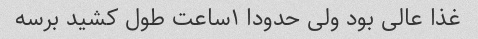
غذا عالی بود ولی حدودا ۱ساعت طول کشید برسه